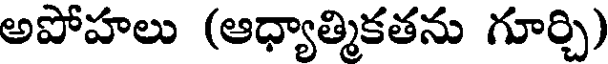
అపోహలు (ఆధ్యాత్మికతను గూర్చి)